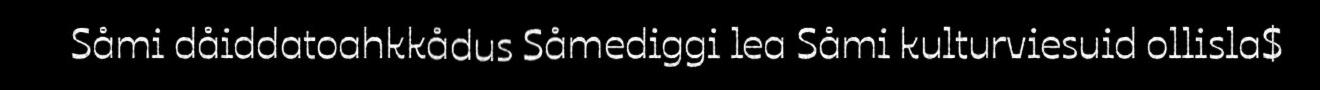
Såmi dåiddatoahkkådus Såmediggi lea Såmi kulturviesuid ollisla$